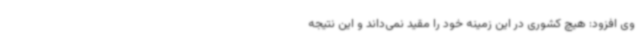
وی افزود: هیچ کشوری در این زمینه خود را مقید نمی‌داند و این نتیجه